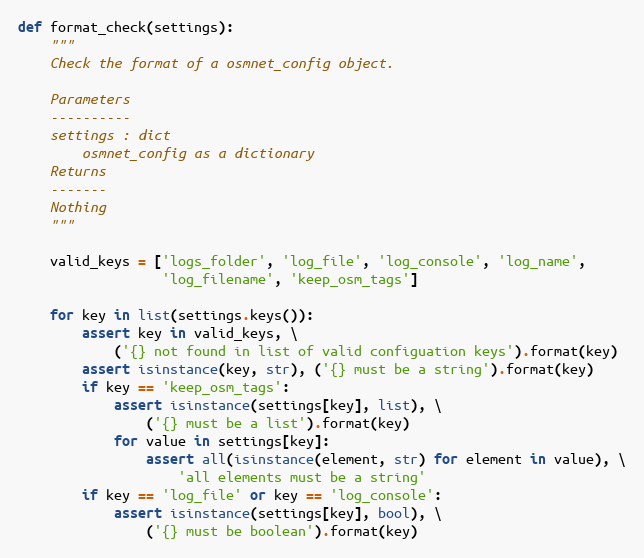
Language: Python
def format_check(settings):
    """
    Check the format of a osmnet_config object.

    Parameters
    ----------
    settings : dict
        osmnet_config as a dictionary
    Returns
    -------
    Nothing
    """

    valid_keys = ['logs_folder', 'log_file', 'log_console', 'log_name',
                  'log_filename', 'keep_osm_tags']

    for key in list(settings.keys()):
        assert key in valid_keys, \
            ('{} not found in list of valid configuation keys').format(key)
        assert isinstance(key, str), ('{} must be a string').format(key)
        if key == 'keep_osm_tags':
            assert isinstance(settings[key], list), \
                ('{} must be a list').format(key)
            for value in settings[key]:
                assert all(isinstance(element, str) for element in value), \
                    'all elements must be a string'
        if key == 'log_file' or key == 'log_console':
            assert isinstance(settings[key], bool), \
                ('{} must be boolean').format(key)